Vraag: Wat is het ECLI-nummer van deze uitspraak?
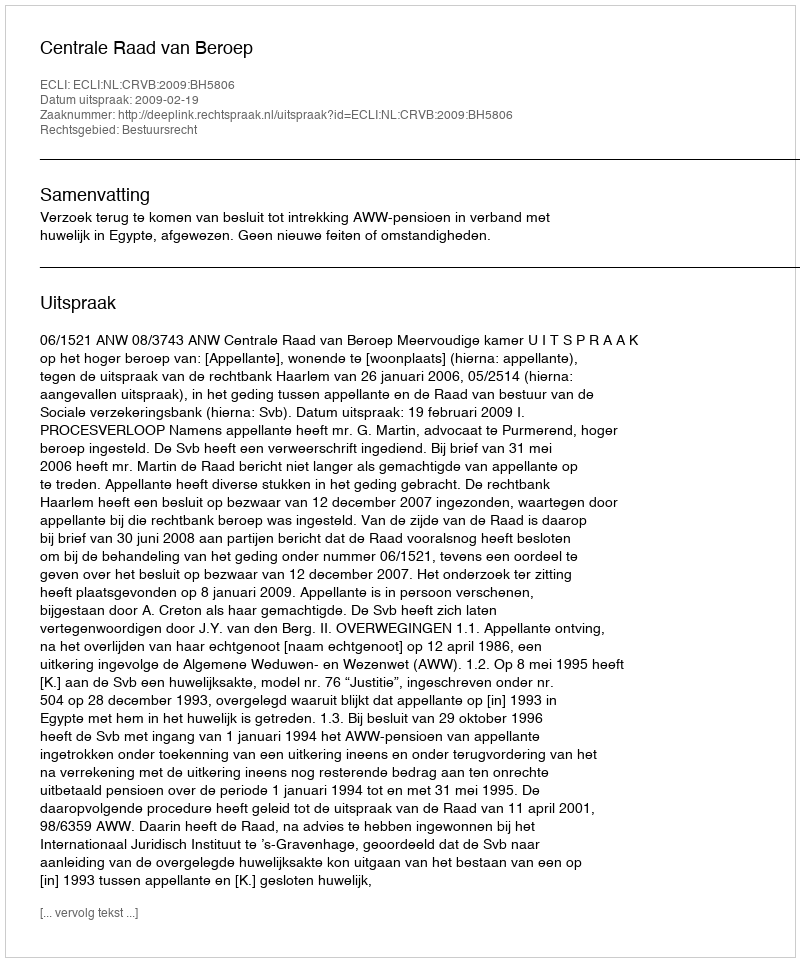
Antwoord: ECLI:NL:CRVB:2009:BH5806